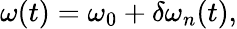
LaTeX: \omega(t)=\omega_{0}+\delta\omega_{n}(t),